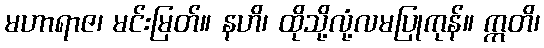
မဟာရာဇ၊ မင်းမြတ်။ နဟိ၊ ထိုသို့လုံ့လမပြုကုန်။ ဣတိ၊